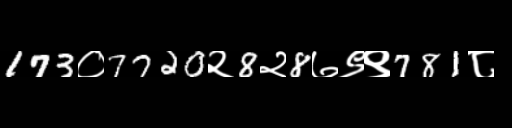
Text: 173०7720२8२8७९९781८